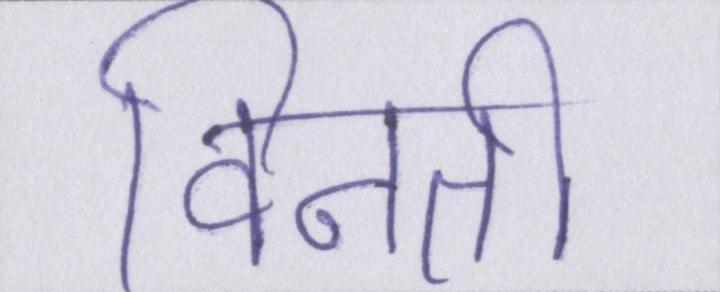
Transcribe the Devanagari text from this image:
विनती